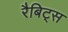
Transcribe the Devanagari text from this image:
रैबिट्स